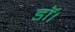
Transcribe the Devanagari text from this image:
डॉ।